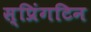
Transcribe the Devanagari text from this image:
स्प्रिंगटिन